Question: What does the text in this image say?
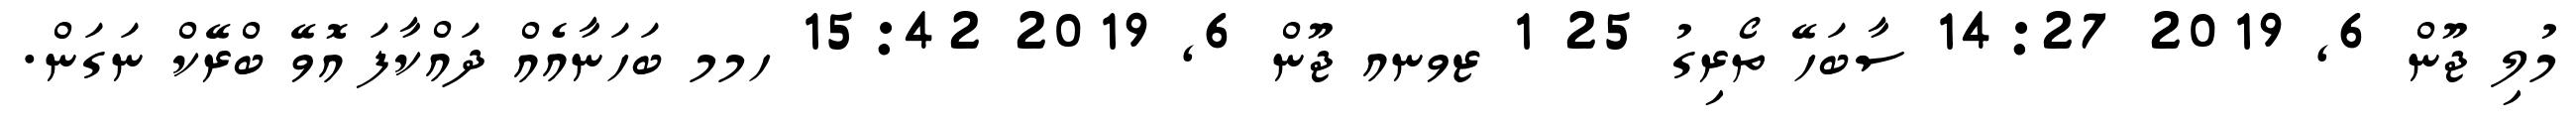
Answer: މުލި ޖޫން 6, 2019 14:27 ސާބަހޭ ތޯރިގު 25 1 ޒވނއ ޖޫން 6, 2019 15:42 ހމމ ބަހަނާއެއް ދައްކާފަ އޮވޭ ބްރޭކް ނަގަން.